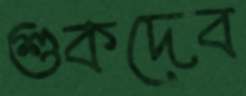
শুকদেব